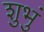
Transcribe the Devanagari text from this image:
शुभुं